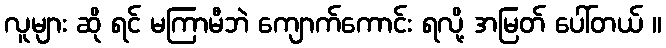
လူများ ဆို ရင် မကြာမီဘဲ ကျောက်ကောင်း ရလို့ အမြတ် ပေါ်တယ် ။